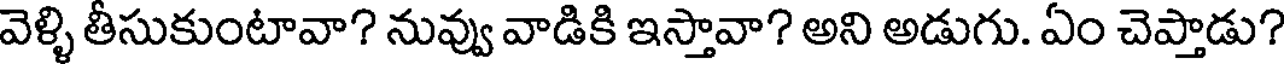
వెళ్ళి తీసుకుంటావా? నువ్వు వాడికి ఇస్తావా? అని అడుగు. ఏం చెప్తాడు?